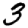
Digit: 3